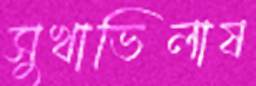
সুখাভিলাষ